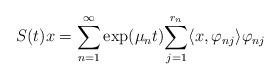
LaTeX: \begin{align*}S(t)x=\underset{n=1}{\overset{\infty }{\sum }}\exp (\mu _{n}t)\overset{r_{n}}{\underset{j=1}{\sum }}\langle x,\varphi _{nj}\rangle \varphi _{nj}\end{align*}